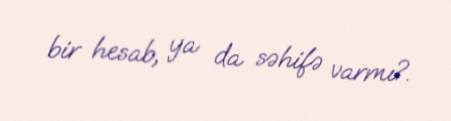
bir hesab, ya da səhifə varmı?.